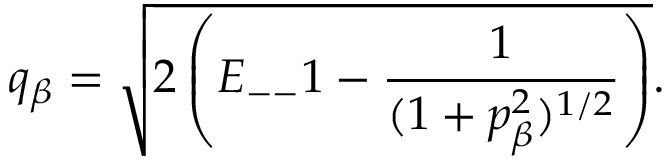
q _ { \beta } = \sqrt { 2 \left( E _ { -- } 1 - \frac { 1 } { ( 1 + p _ { \beta } ^ { 2 } ) ^ { 1 / 2 } } \right) } .